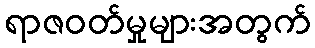
ရာဇဝတ်မှုများအတွက်